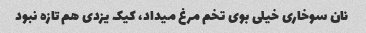
نان سوخاری خیلی بوی تخم مرغ میداد، کیک یزدی هم تازه نبود